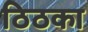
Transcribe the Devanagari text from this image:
ठिठका